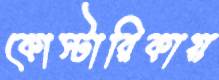
কোস্টারিকায়